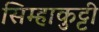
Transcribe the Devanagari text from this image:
सिम्हाकुट्टी